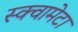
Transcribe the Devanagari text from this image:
स्क्वामेटा